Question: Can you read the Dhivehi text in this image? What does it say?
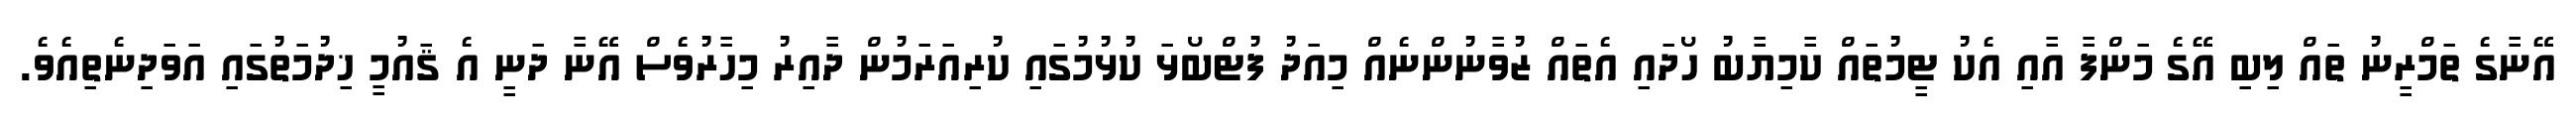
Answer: އޭނާގެ ތަމްރީނު ތައް ލިބި އޭގެ މަންފާ އާއި އެކު ޓީމުތައް ކާމިޔާބު ހޯދައި އެތައް ޒުވާނުންނެއް މިއަދު ފުޓްބޯޅަ ކުޅުމުގައި ކުރިއަރަމުން ދާއިރު މިހާރުވެސް އޭނާ ދަނީ އެ ޤައުމީ ޚިދުމަތުގައި އަވަދިނެތިއެވެ.